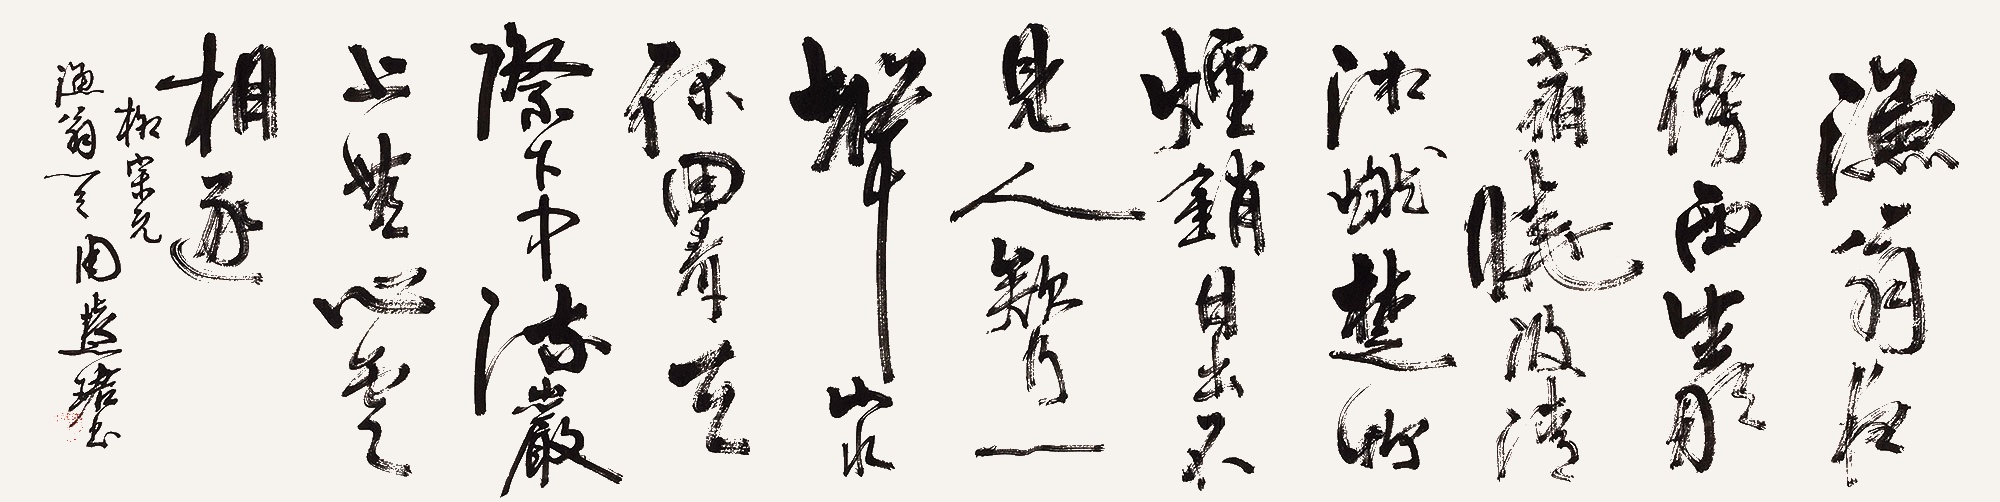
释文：渔翁夜傍西岩宿，晓汲清湘燃楚竹。烟销日出不见人，欸乃一声山水绿。回看天际下中流，岩上无心云相逐。柳宗元渔翁一首。周慧珺书。